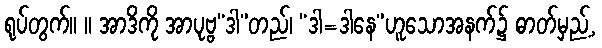
ရုပ်တွက်။ ။ အာဒိကို အာပုဗ္ဗ“ဒါ”တည်၊ “ဒါ=ဒါနေ”ဟူသောအနက်၌ ဓာတ်မှည့်,